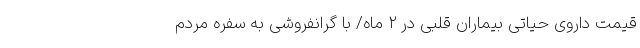
قیمت داروی حیاتی بیماران قلبی در ۲ ماه/ با گرانفروشی به سفره مردم